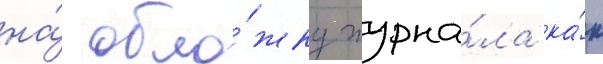
на́ обло́жку журна́ла ка́к